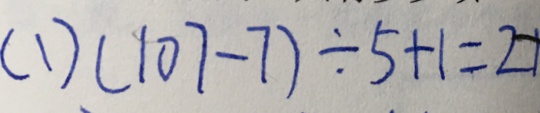
( 1 ) ( 1 0 7 - 7 ) \div 5 + 1 = 2 1